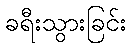
ခရီးသွားခြင်း